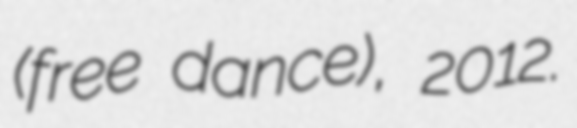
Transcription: (free dance), 2012.